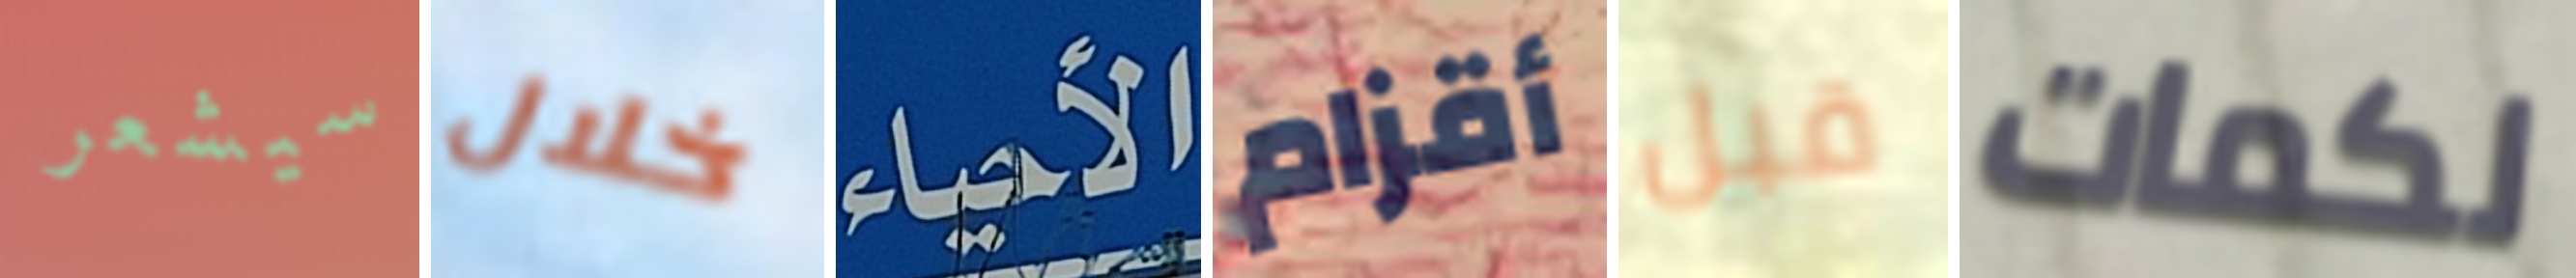
سيشعر خلال الأحياء أقزام قبل لكمات